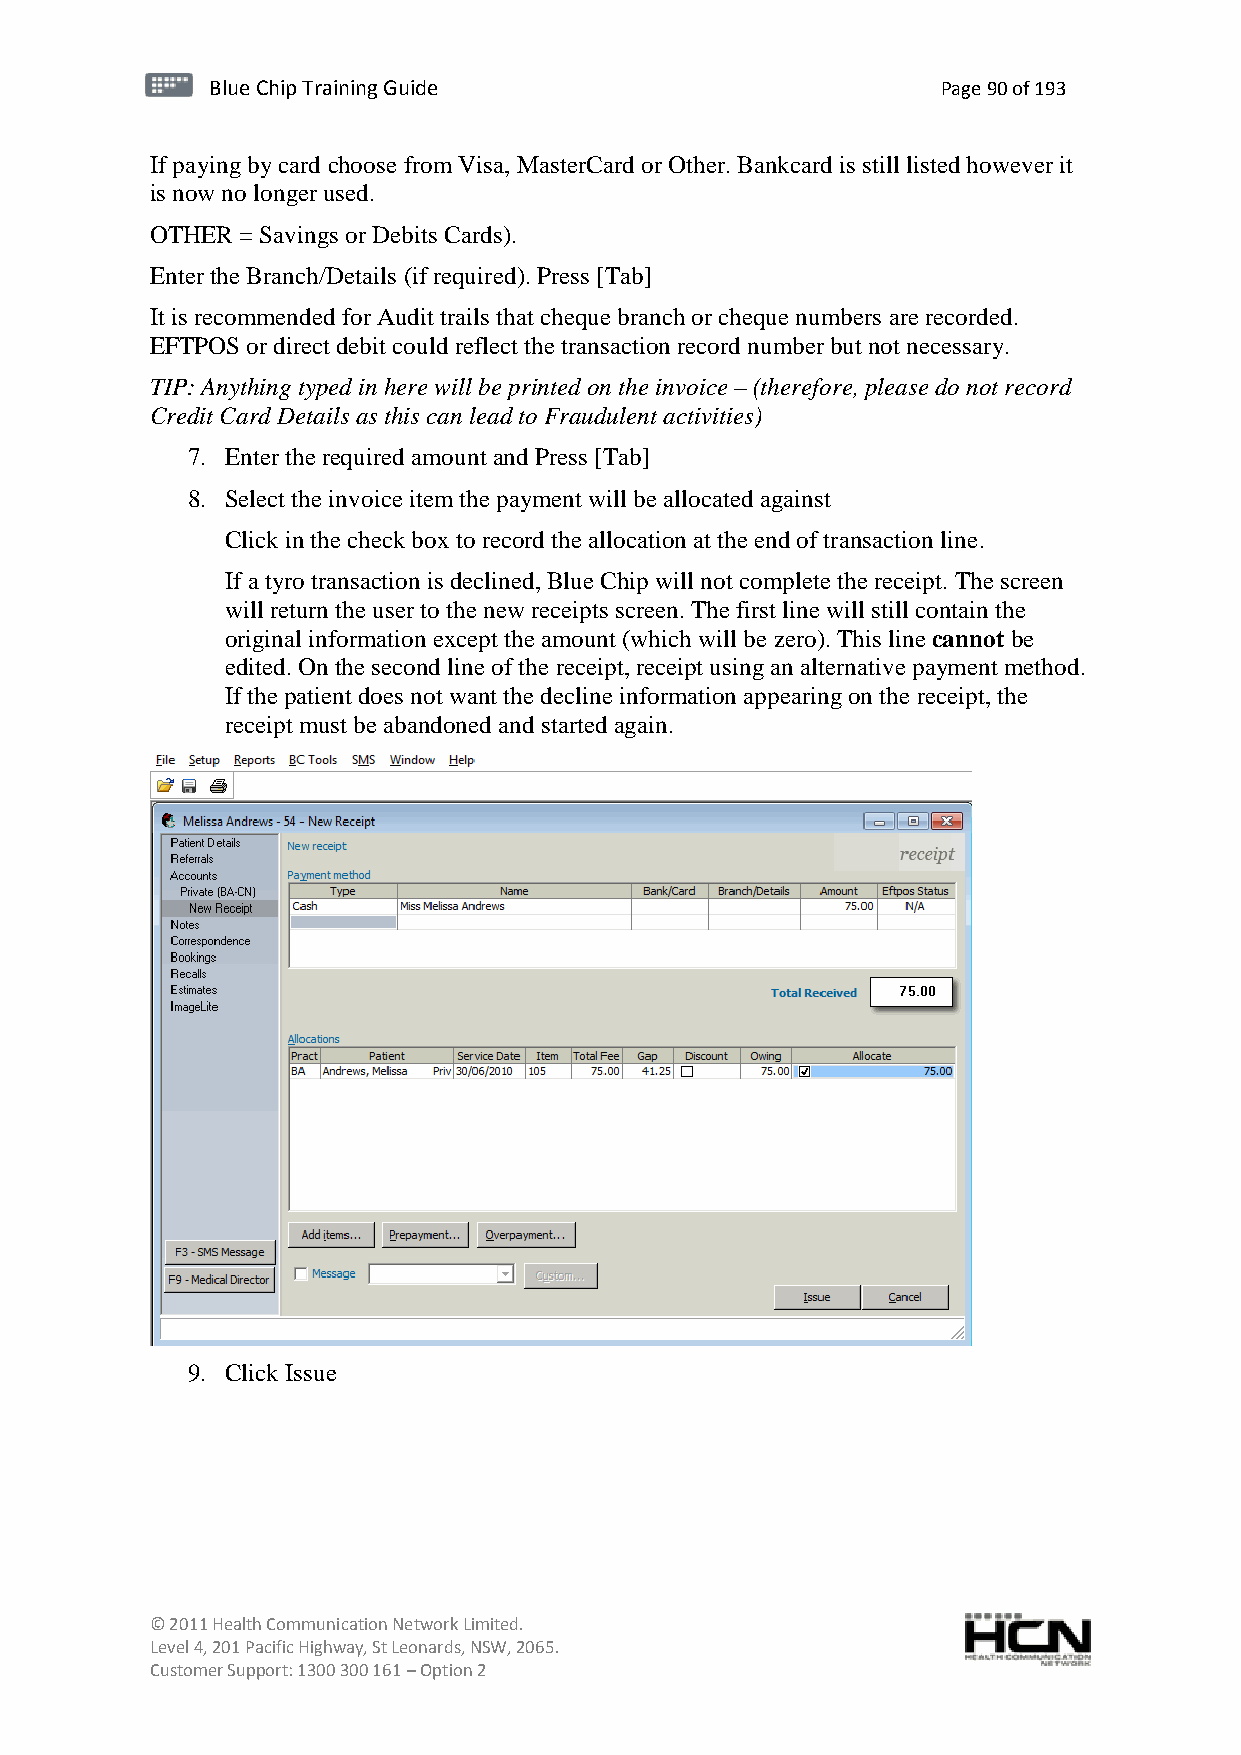
BBlluuee C Chihpi pTr Tairnainingi Gnugi dGeu ide Page 90 of 193
 If paying by card choose from Visa, MasterCard or Other. Bankcard is still listed however it
 is now no longer used.
 OTHER = Savings or Debits Cards).
 Enter the Branch/Details (if required). Press [Tab]
 It is recommended for Audit trails that cheque branch or cheque numbers are recorded.
 EFTPOS or direct debit could reflect the transaction record number but not necessary.
 TIP: Anything typed in here will be printed on the invoice – (therefore, please do not record
 Credit Card Details as this can lead to Fraudulent activities)
 7. Enter the required amount and Press [Tab]
 8. Select the invoice item the payment will be allocated against
 Click in the check box to record the allocation at the end of transaction line.
 If a tyro transaction is declined, Blue Chip will not complete the receipt. The screen
 will return the user to the new receipts screen. The first line will still contain the
 original information except the amount (which will be zero). This line cannot be
 edited. On the second line of the receipt, receipt using an alternative payment method.
 If the patient does not want the decline information appearing on the receipt, the
 receipt must be abandoned and started again.
 9. Click Issue
 © 2011 Health Communication Network Limited.
 Level 4, 201 Pacific Highway, St Leonards, NSW, 2065.
 Customer Support: 1300 300 161 – Option 2